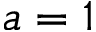
a = 1